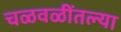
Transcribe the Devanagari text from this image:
चळवळींतल्या